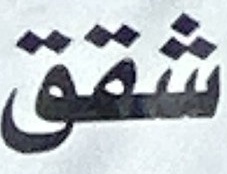
شقق